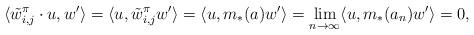
LaTeX: \begin{align*}\langle\tilde{w}^\pi_{i,j} \cdot u, w' \rangle= \langle u, \tilde{w}^\pi_{i,j} w' \rangle = \langle u, m_*(a) w'\rangle =\lim_{n\to\infty} \langle u, m_*(a_n) w'\rangle = 0,\end{align*}